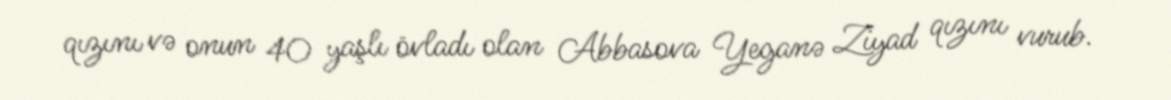
qızını və onun 40 yaşlı övladı olan Abbasova Yeganə Ziyad qızını vurub.